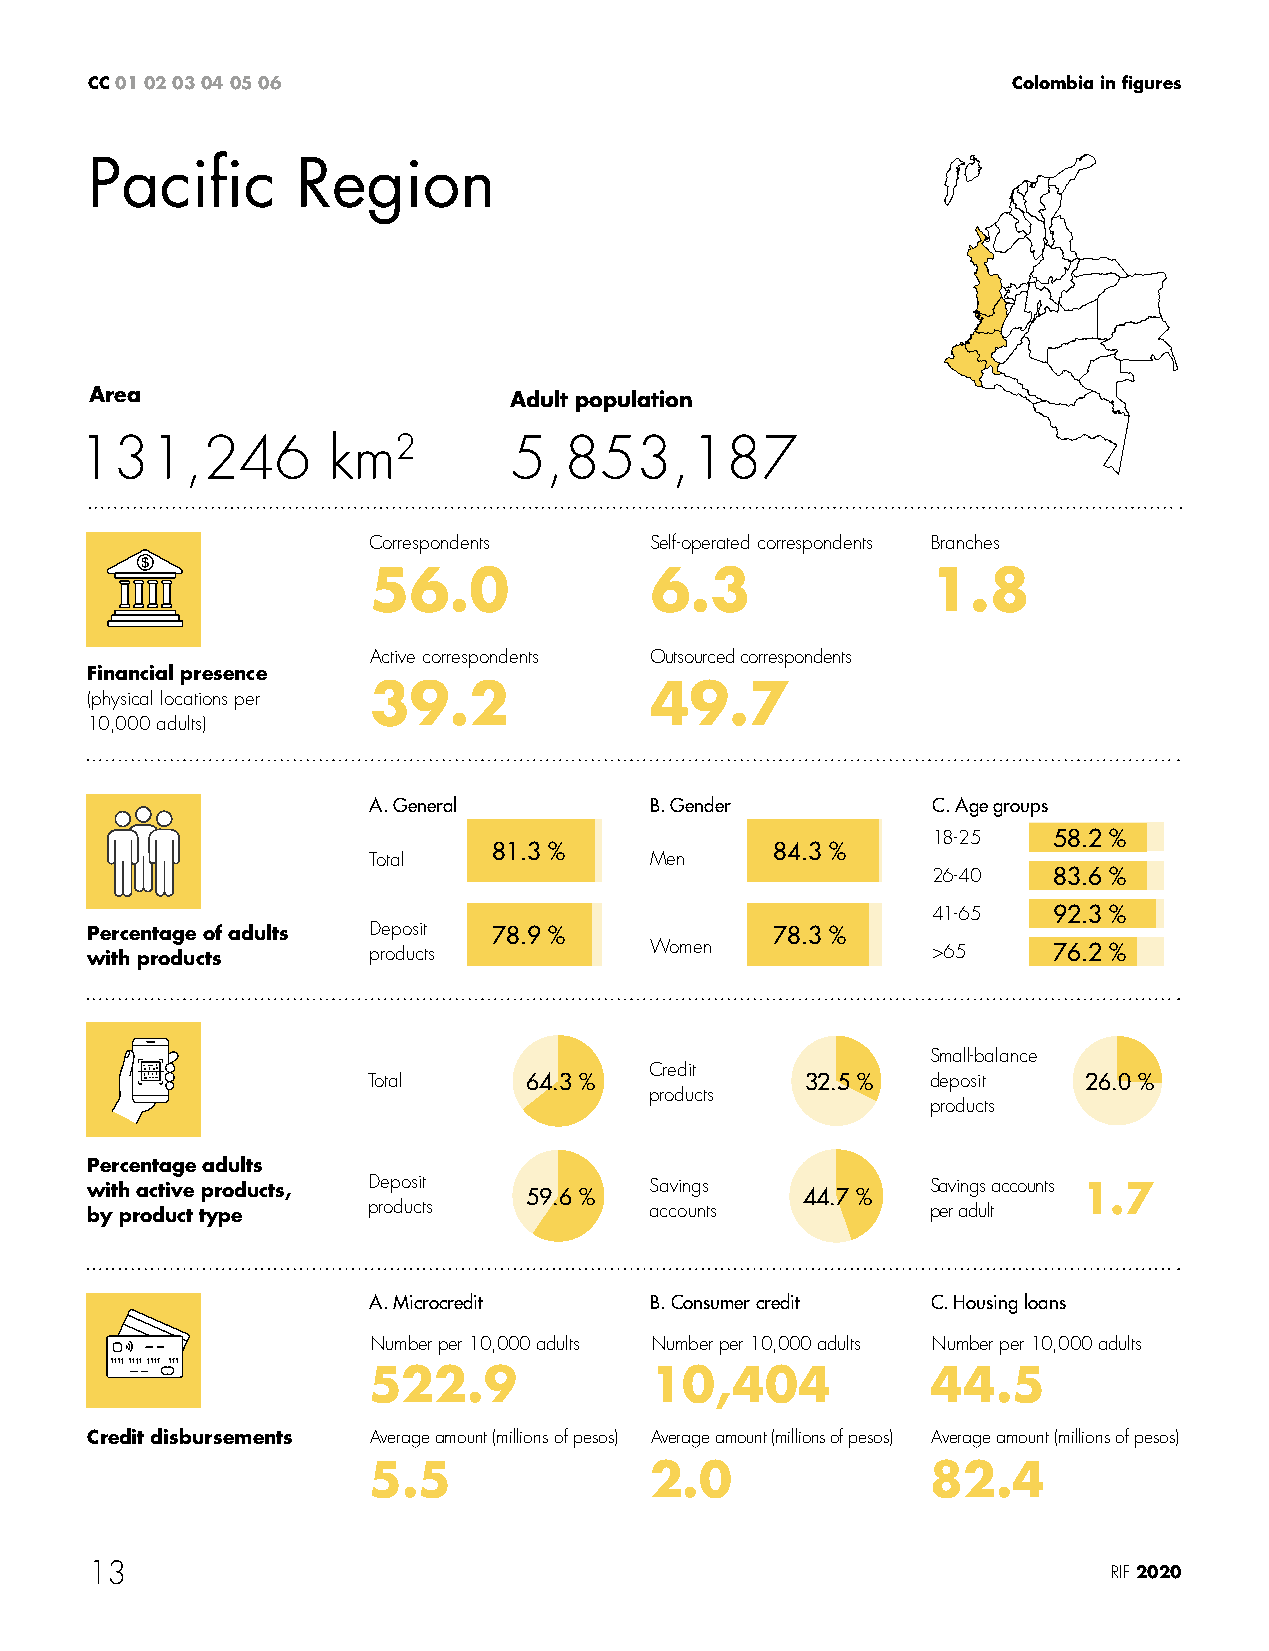
CC 01 02 03 04 05 06                                         Colombia in figures
 Pacific       Region
 Area                        Adult population
 131,246          km2         5,853,187
 Correspondents     Self-operated correspondents Branches
 56.0               6.3                1.8
 Active correspondents Outsourced correspondents
 Financial presence
 39.2               49.7
 (physical locations per
 10,000 adults)
 A. General         B. Gender          C. Age groups
 18-25   58.2 %
 81.3 %            84.3 %
 Total              Men
 26-40   83.6 %
 41-65   92.3 %
 Percentage of adults Deposit 78.9 %          78.3 %
 with products     products           Women              >65     76.2 %
 Small-balance
 Credit
 Total      64.3 %            32.5 %   deposit   26.0 %
 products
 products
 Percentage adults
 with active products, Deposit 59.6 % Savings   44.7 %   Savings accounts 1.7
 by product type   products           accounts           per adult
 A. Microcredit     B. Consumer credit C. Housing loans
 Number per 10,000 adults Number per 10,000 adults Number per 10,000 adults
 522.9              10,404             44.5
 Credit disbursements Average amount (millions of pesos) Average amount (millions of pesos) Average amount (millions of pesos)
 5.5                2.0                82.4
 13                                                                  RIF 2020